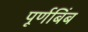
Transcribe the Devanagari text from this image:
पूर्णबिंब